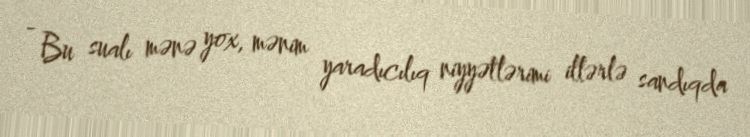
- Bu sualı mənə yox, mənim yaradıcılıq niyyətlərimi illərlə sandıqda